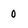
Character: 0